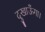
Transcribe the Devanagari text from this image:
दुखाऊँगा।